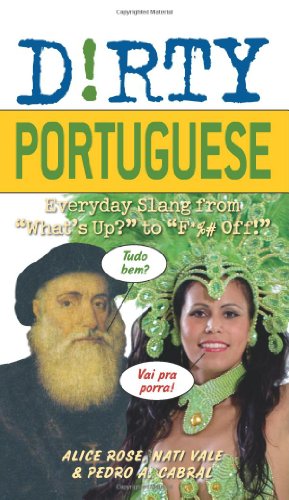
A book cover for Dirty Portuguese: Everyday Slang from "What's Up?" to "F*%# Off!" (Dirty Everyday Slang); Alice Rose; Reference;